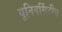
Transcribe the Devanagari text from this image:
यूनिवर्सिटीस